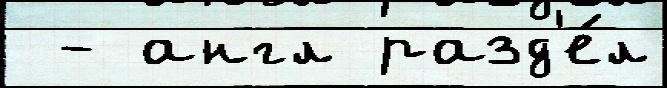
 - англ разд'е́л